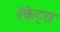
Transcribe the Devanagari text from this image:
रॅकेट्स